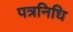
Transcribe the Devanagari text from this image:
पत्रनिधि